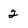
Character: 2